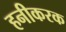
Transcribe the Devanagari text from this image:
हनीकरक